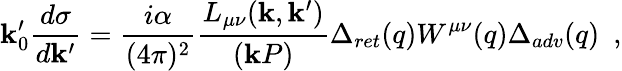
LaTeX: \mathbf{k}_{0}^{\prime}{\frac{{d\sigma}}{{d{\mathbf{\mathbf{k}}^{\prime}}}}}={\frac{{i\alpha}}{{(4\pi)^{2}}}}{\frac{{L_{\mu\nu}(\mathbf{k},\mathbf{k}^{\prime})}}{{(\mathbf{k}P)}}}\Delta_{ret}(q)W^{\mu\nu}(q)\Delta_{adv}(q)~~,